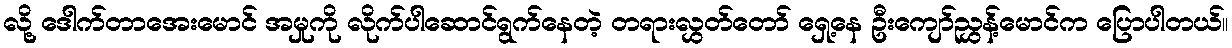
လို့ ဒေါက်တာအေးမောင် အမှုကို လိုက်ပါဆောင်ရွက်နေတဲ့ တရားလွှတ်တော် ရှေ့နေ ဦးကျော်ညွှန့်မောင်က ပြောပါတယ်။